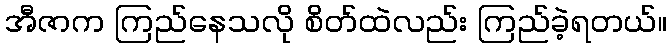
အီဇာက ကြည်နေသလို စိတ်ထဲလည်း ကြည်ခဲ့ရတယ်။